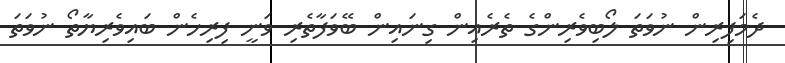
ދެމަފިރިން ނުވަތަ ލޯބިވެރިންގެ ތެރެއިން ގިނައިން ބޭވަފާތެރި ވަނީ ފިރިހެން ބައިވެރިޔާތޯ ނުވަތަ